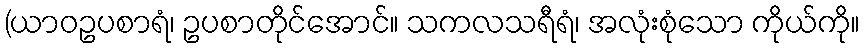
(ယာဝဥပစာရံ၊ ဥပစာတိုင်အောင်။ သကလသရီရံ၊ အလုံးစုံသော ကိုယ်ကို။